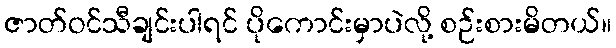
ဇာတ်ဝင်သီချင်းပါရင် ပိုကောင်းမှာပဲလို့ စဉ်းစားမိတယ်။